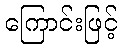
ကြောင်းဖြင့်